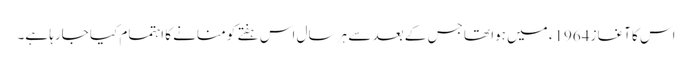
اس کا آغاز 1964ء میں ہوا تھا جس کے بعد سے ہر سال اس ہفتے کو منانے کا اہتمام کیا جارہا ہے۔